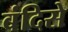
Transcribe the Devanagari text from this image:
बंदिसे